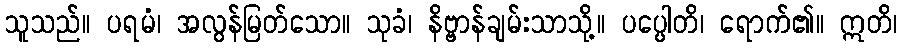
သူသည်။ ပရမံ၊ အလွန်မြတ်သော။ သုခံ၊ နိဗ္ဗာန်ချမ်းသာသို့။ ပပ္ပေါတိ၊ ရောက်၏။ ဣတိ၊